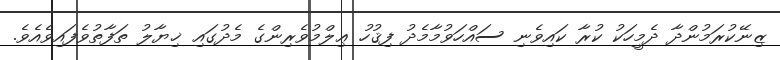
ޒިނޭކުރަމުންދާ ދެމީހަކު ކުރާ ކައިވެނި ސައްހަވުމާމެދު ފިޤުހު ޢިލްމުވެރިންގެ މެދުގައި ޚިޔާލު ތަފާތުވެފައިވެއެވެ.